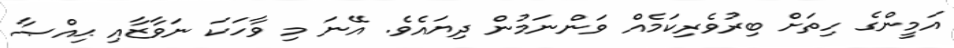
އަމީންގެ ހިތަށް ބިރުވެރިކަމެއް ވަންނަމުން ދިޔައެވެ. އޭނަ މި ވާހަކަ ނަވާޒާއި ޙިއްޞާ